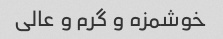
خوشمزه و گرم و عالی